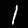
Label: 1